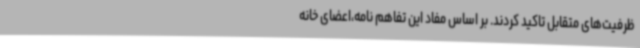
ظرفیت‌های متقابل تاکید کردند. بر اساس مفاد این تفاهم نامه،اعضای خانه